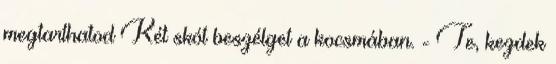
megtarthatod Két skót beszélget a kocsmában. - Te, kezdek